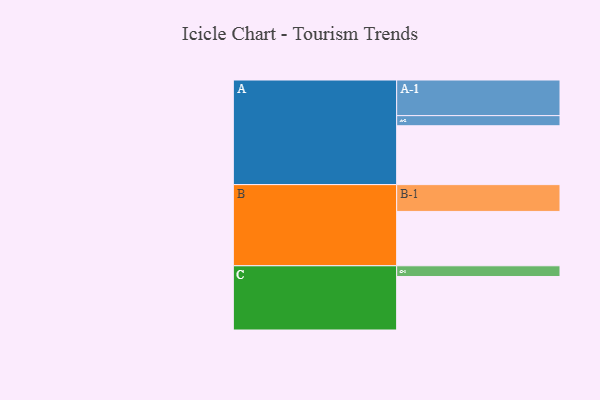
{"axis": {"x": "Segment", "y": "Value"}, "legend": ["", "A", "B", "C"], "data": [{"x": "A", "y": 494, "type": ""}, {"x": "B", "y": 456, "type": ""}, {"x": "C", "y": 449, "type": ""}, {"x": "A-1", "y": 299, "type": "A"}, {"x": "A-2", "y": 85, "type": "A"}, {"x": "B-1", "y": 225, "type": "B"}, {"x": "C-1", "y": 90, "type": "C"}]}